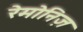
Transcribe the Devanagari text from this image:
रेमोनिज़